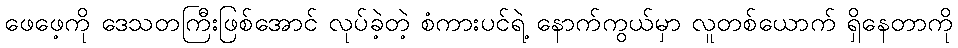
ဖေဖေ့ကို ဒေသတကြီးဖြစ်အောင် လုပ်ခဲ့တဲ့ စံကားပင်ရဲ့ နောက်ကွယ်မှာ လူတစ်ယောက် ရှိနေတာကို